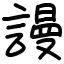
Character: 謾